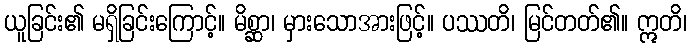
ယူခြင်း၏ မရှိခြင်းကြောင့်။ မိစ္ဆာ၊ မှားသောအားဖြင့်။ ပဿတိ၊ မြင်တတ်၏။ ဣတိ၊